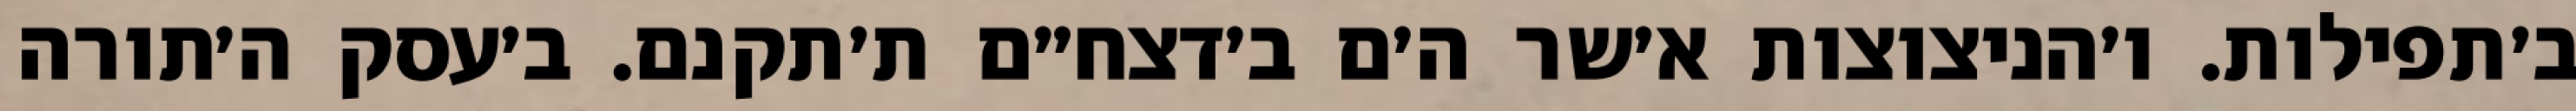
ב׳תפילות. ו׳הניצוצות א׳שר ה׳ם ב׳דצח״ם ת׳תקנם. ב׳עסק ה׳תורה